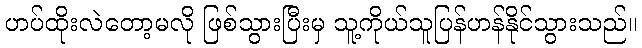
ဟပ်ထိုးလဲတော့မလို ဖြစ်သွားပြီးမှ သူ့ကိုယ်သူပြန်ဟန်နိုင်သွားသည်။